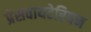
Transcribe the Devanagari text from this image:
प्रेसवायटेरियन